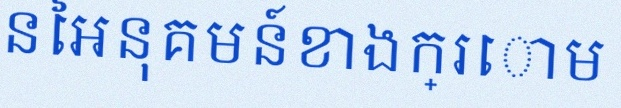
គណនាលីមីតនៃអនុគមន៍ខាងក្រោម